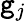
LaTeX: \mathtt{g}_{j}